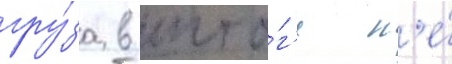
гру́за в ито́г'е н'е́